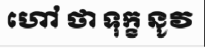
ហៅ ថា ទុក្ខ នូវ